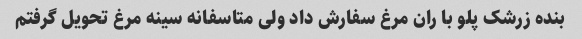
بنده زرشک پلو با ران مرغ سفارش داد ولی متاسفانه سینه مرغ تحویل گرفتم